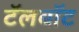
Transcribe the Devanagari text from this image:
टॅलबॉट